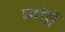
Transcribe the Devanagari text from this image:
जोड्ने